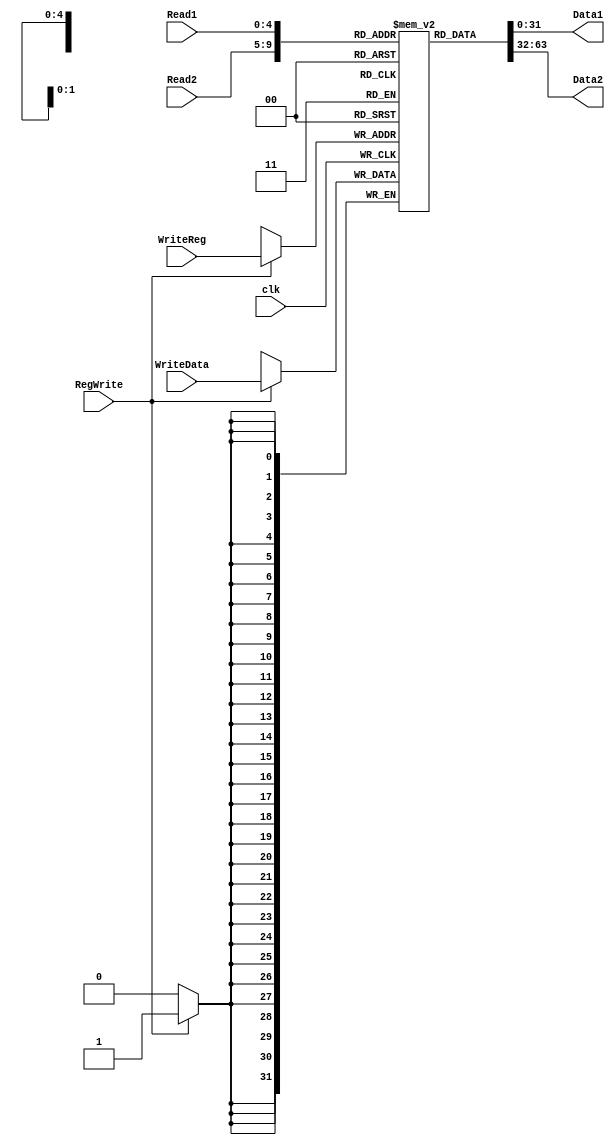
module BancoRegistradores(Read1, Read2, WriteReg, WriteData, RegWrite, Data1, Data2, clk);
input[4:0] Read1, Read2, WriteReg;//Registradores para leitura e escrita
input[31:0] WriteData;//Dados a serem escritos
input RegWrite, clk;//Controle da escrita e clock
output[31:0] Data1, Data2;//Dados lidos dos registradores Read1 e Read2

reg[31:0] RF [31:0];

assign Data1 = RF[Read1];
assign Data2 = RF[Read2];

initial 
begin
  RF[5'h0] = 32'h0;
  RF[5'h1] = 32'h0;
  RF[5'h2] = 32'h0;
  RF[5'h3] = 32'h0; 
  RF[5'h4] = 32'h0;
  RF[5'h5] = 32'h0;
  RF[5'h6] = 32'h0;
  RF[5'h7] = 32'h0;
  RF[5'h8] = 32'h0; 
  RF[5'h9] = 32'h0;
  RF[5'ha] = 32'h0;
  RF[5'hb] = 32'h0;
  RF[5'hc] = 32'h0;
  RF[5'hd] = 32'h0; 
  RF[5'he] = 32'h0;
  RF[5'hf] = 32'h0;
  RF[5'h10] = 32'h0;
  RF[5'h11] = 32'h0;
  RF[5'h12] = 32'h0; 
  RF[5'h13] = 32'h0;
  RF[5'h14] = 32'h0;
  RF[5'h15] = 32'h0;
  RF[5'h16] = 32'h0;
  RF[5'h17] = 32'h0; 
  RF[5'h18] = 32'h0;
  RF[5'h19] = 32'h0;
  RF[5'h1a] = 32'h0;
  RF[5'h1b] = 32'h0;
  RF[5'h1c] = 32'h0; 
  RF[5'h1d] = 32'h0;
  RF[5'h1e] = 32'h0;
  RF[5'h1f] = 32'h0;
  RF[5'h20] = 32'h0;
end


always@(posedge clk)
  begin
    if(RegWrite)
      RF[WriteReg] <= WriteData;  
  end
endmodule